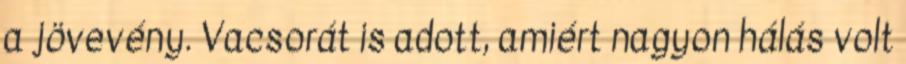
a jövevény. Vacsorát is adott, amiért nagyon hálás volt